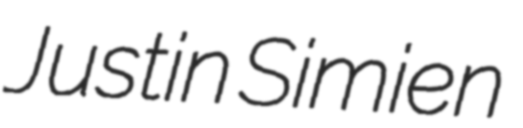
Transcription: Justin Simien